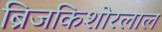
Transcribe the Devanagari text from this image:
ब्रिजकिशोरलाल